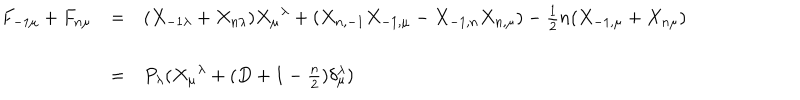
\begin{array} { l c l } { { F _ { - 1 \mu } + F _ { n \mu } } } & { { = } } & { { ( X _ { - 1 \lambda } + X _ { n \lambda } ) { X _ { \mu } } ^ { \lambda } + ( X _ { n , - 1 } X _ { - 1 , \mu } - X _ { - 1 , n } X _ { n , \mu } ) - \frac { 1 } { 2 } n ( X _ { - 1 , \mu } + X _ { n \mu } ) } } \\ { { } } & { { } } & { { } } \\ { { } } & { { = } } & { { P _ { \lambda } ( { X _ { \mu } } ^ { \lambda } + ( D + 1 - \frac { n } { 2 } ) \delta _ { \mu } ^ { \lambda } ) } } \\ \end{array}